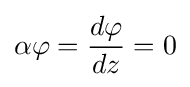
\alpha \varphi ={d\varphi  \over dz}=0